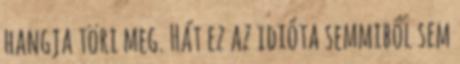
hangja töri meg. Hát ez az idióta semmiből sem